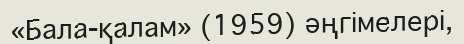
«Бала-қалам» (1959) әңгімелері,